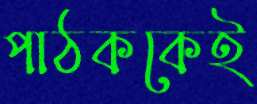
পাঠককেই